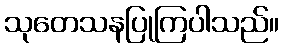
သုတေသနပြုကြပါသည်။